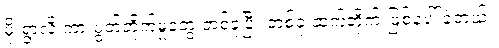
မိုးရွာလို့ ကားပွတ်တိုက်မှုတွေ တစ်ခုပြီး တစ်ခု ဆက်တိုက် ဖြစ်ပေါ်ခဲ့တယ်။